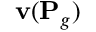
{ \mathbf { v } } ( { \mathbf { P } } _ { g } )